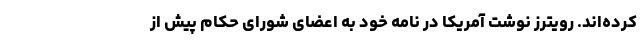
کرده‌اند. رویترز نوشت آمریکا در نامه خود به اعضای شورای حکام پیش از